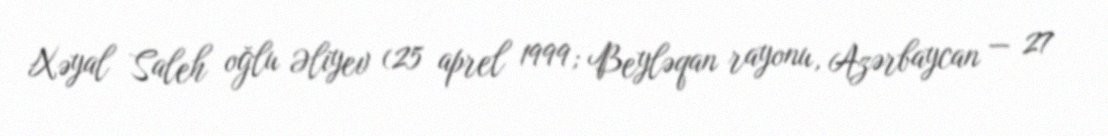
Xəyal Saleh oğlu Əliyev (25 aprel 1999; Beyləqan rayonu, Azərbaycan — 27